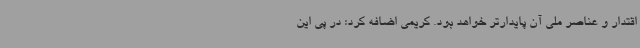
اقتدار و عناصر ملی آن پایدارتر خواهد بود. کریمی اضافه کرد: در پی این